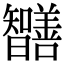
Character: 𭨔